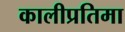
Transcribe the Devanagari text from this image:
कालीप्रतिमा